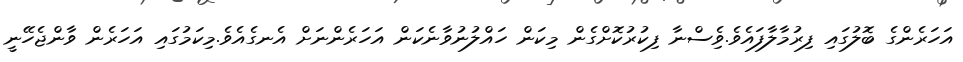
އަހަރެންގެ ބޮލުގައި ފިރުމާލާފައެވެ.ވިެސްނާ ފިކުރުކޮށްގެން މިކަން ހައްލުނުވާނެކަން އަހަރެންނަށް އެނގެއެވެ.މިކަމުގައި އަހަރެން ވާންޖެހޭނީ